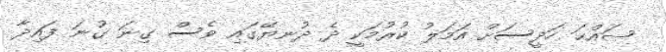
ޞައްޙަ ހަދީސަށް އަމަލު ކުރުމަކީ ދެ ދުނޔޭގައި ވެސް ގިނަ ގުނަ ފައިދާ